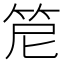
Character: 𥬩